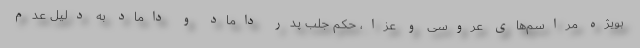
بویژه مراسم‌های عروسی و عزا، حکم جلب پدر داماد و داماد به دلیل عدم